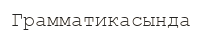
Грамматикасында